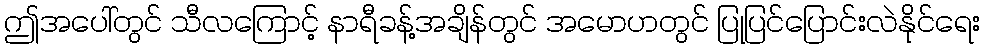
ဤအပေါ်တွင် သီလကြောင့် နာရီခန့်အချိန်တွင် အမောဟတွင် ပြုပြင်ပြောင်းလဲနိုင်ရေး